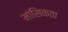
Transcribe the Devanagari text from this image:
मांसिकता